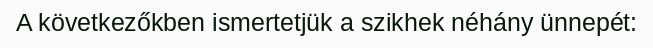
A következőkben ismertetjük a szikhek néhány ünnepét: